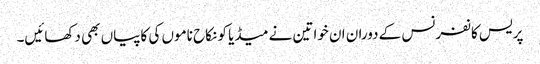
پریس کانفرنس کے دوران ان خواتین نے میڈیا کو نکاح ناموں کی کاپیاں بھی دکھائیں۔